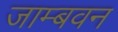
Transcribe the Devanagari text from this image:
जाम्बवन